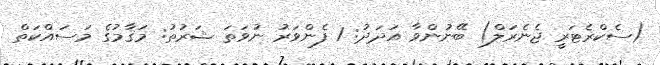
(ސެކްރެޓަރީ ޖެނެރަލް) ބޭނުންވާ އަދަދު: 1 ފެންވަރު ނުވަތަ ޝަރުތު: މަޤާމުގެ މަސައްކަތް